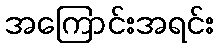
အကြောင်းအရင်း